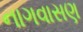
નાગવાસણ